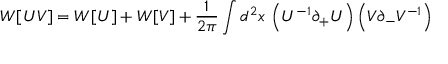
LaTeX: W [ U V ] = W [ U ] + W [ V ] + { \frac { 1 } { 2 \pi } } \int d ^ { 2 } x \, \left( U ^ { - 1 } \partial _ { + } U \right) \left( V \partial _ { - } V ^ { - 1 } \right)